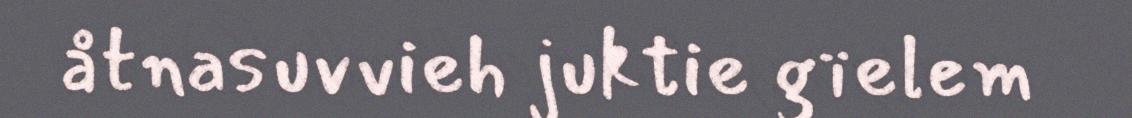
åtnasuvvieh juktie gïelem